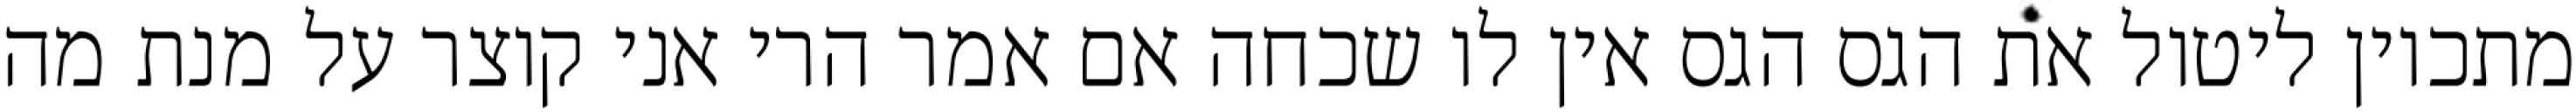
מתכוין ליטול את הגס הגס אין לו שכחה אם אמר הרי אני קוצר על מנת מה